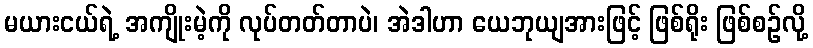
မယားငယ်ရဲ့ အကျိုးမဲ့ကို လုပ်တတ်တာပဲ၊ အဲဒါဟာ ယေဘုယျအားဖြင့် ဖြစ်ရိုး ဖြစ်စဉ်လို့